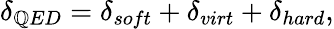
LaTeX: \delta_{\mathbb{Q}ED}=\delta_{soft}+\delta_{virt}+\delta_{hard},